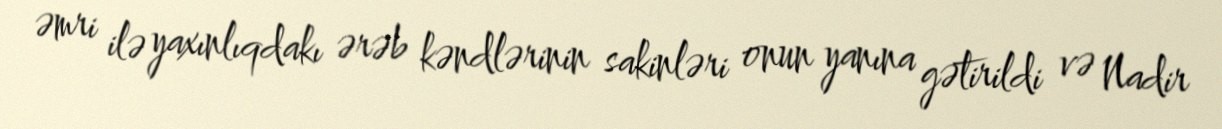
əmri ilə yaxınlıqdakı ərəb kəndlərinin sakinləri onun yanına gətirildi və Nadir